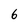
Character: 6